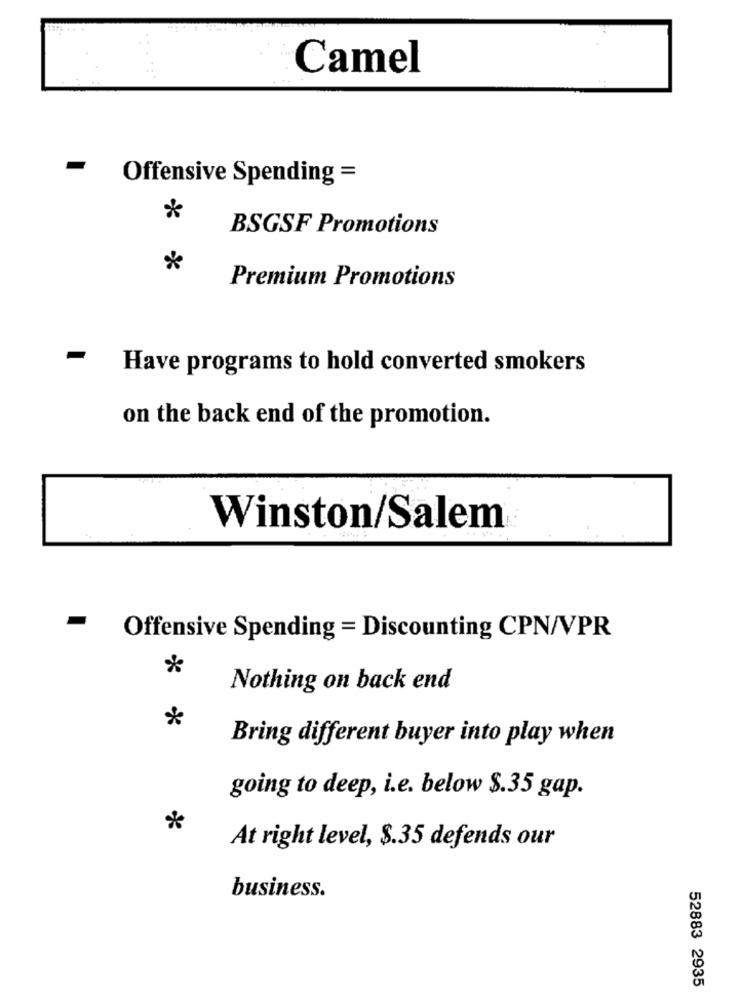
Camel
Offensive Spending =
*
BSGSF Promotions
*
Premium Promotions
Have programs to hold converted smokers
on the back end of the promotion.
Winston/Salem
Offensive Spending = Discounting CPN/VPR
Nothing on back end
*
Bring different buyer into play when
going to deep, i.e. below $.35 gap.
*
At right level, $.35 defends our
business.
52883 2935